Kambja_algkool, lk 111
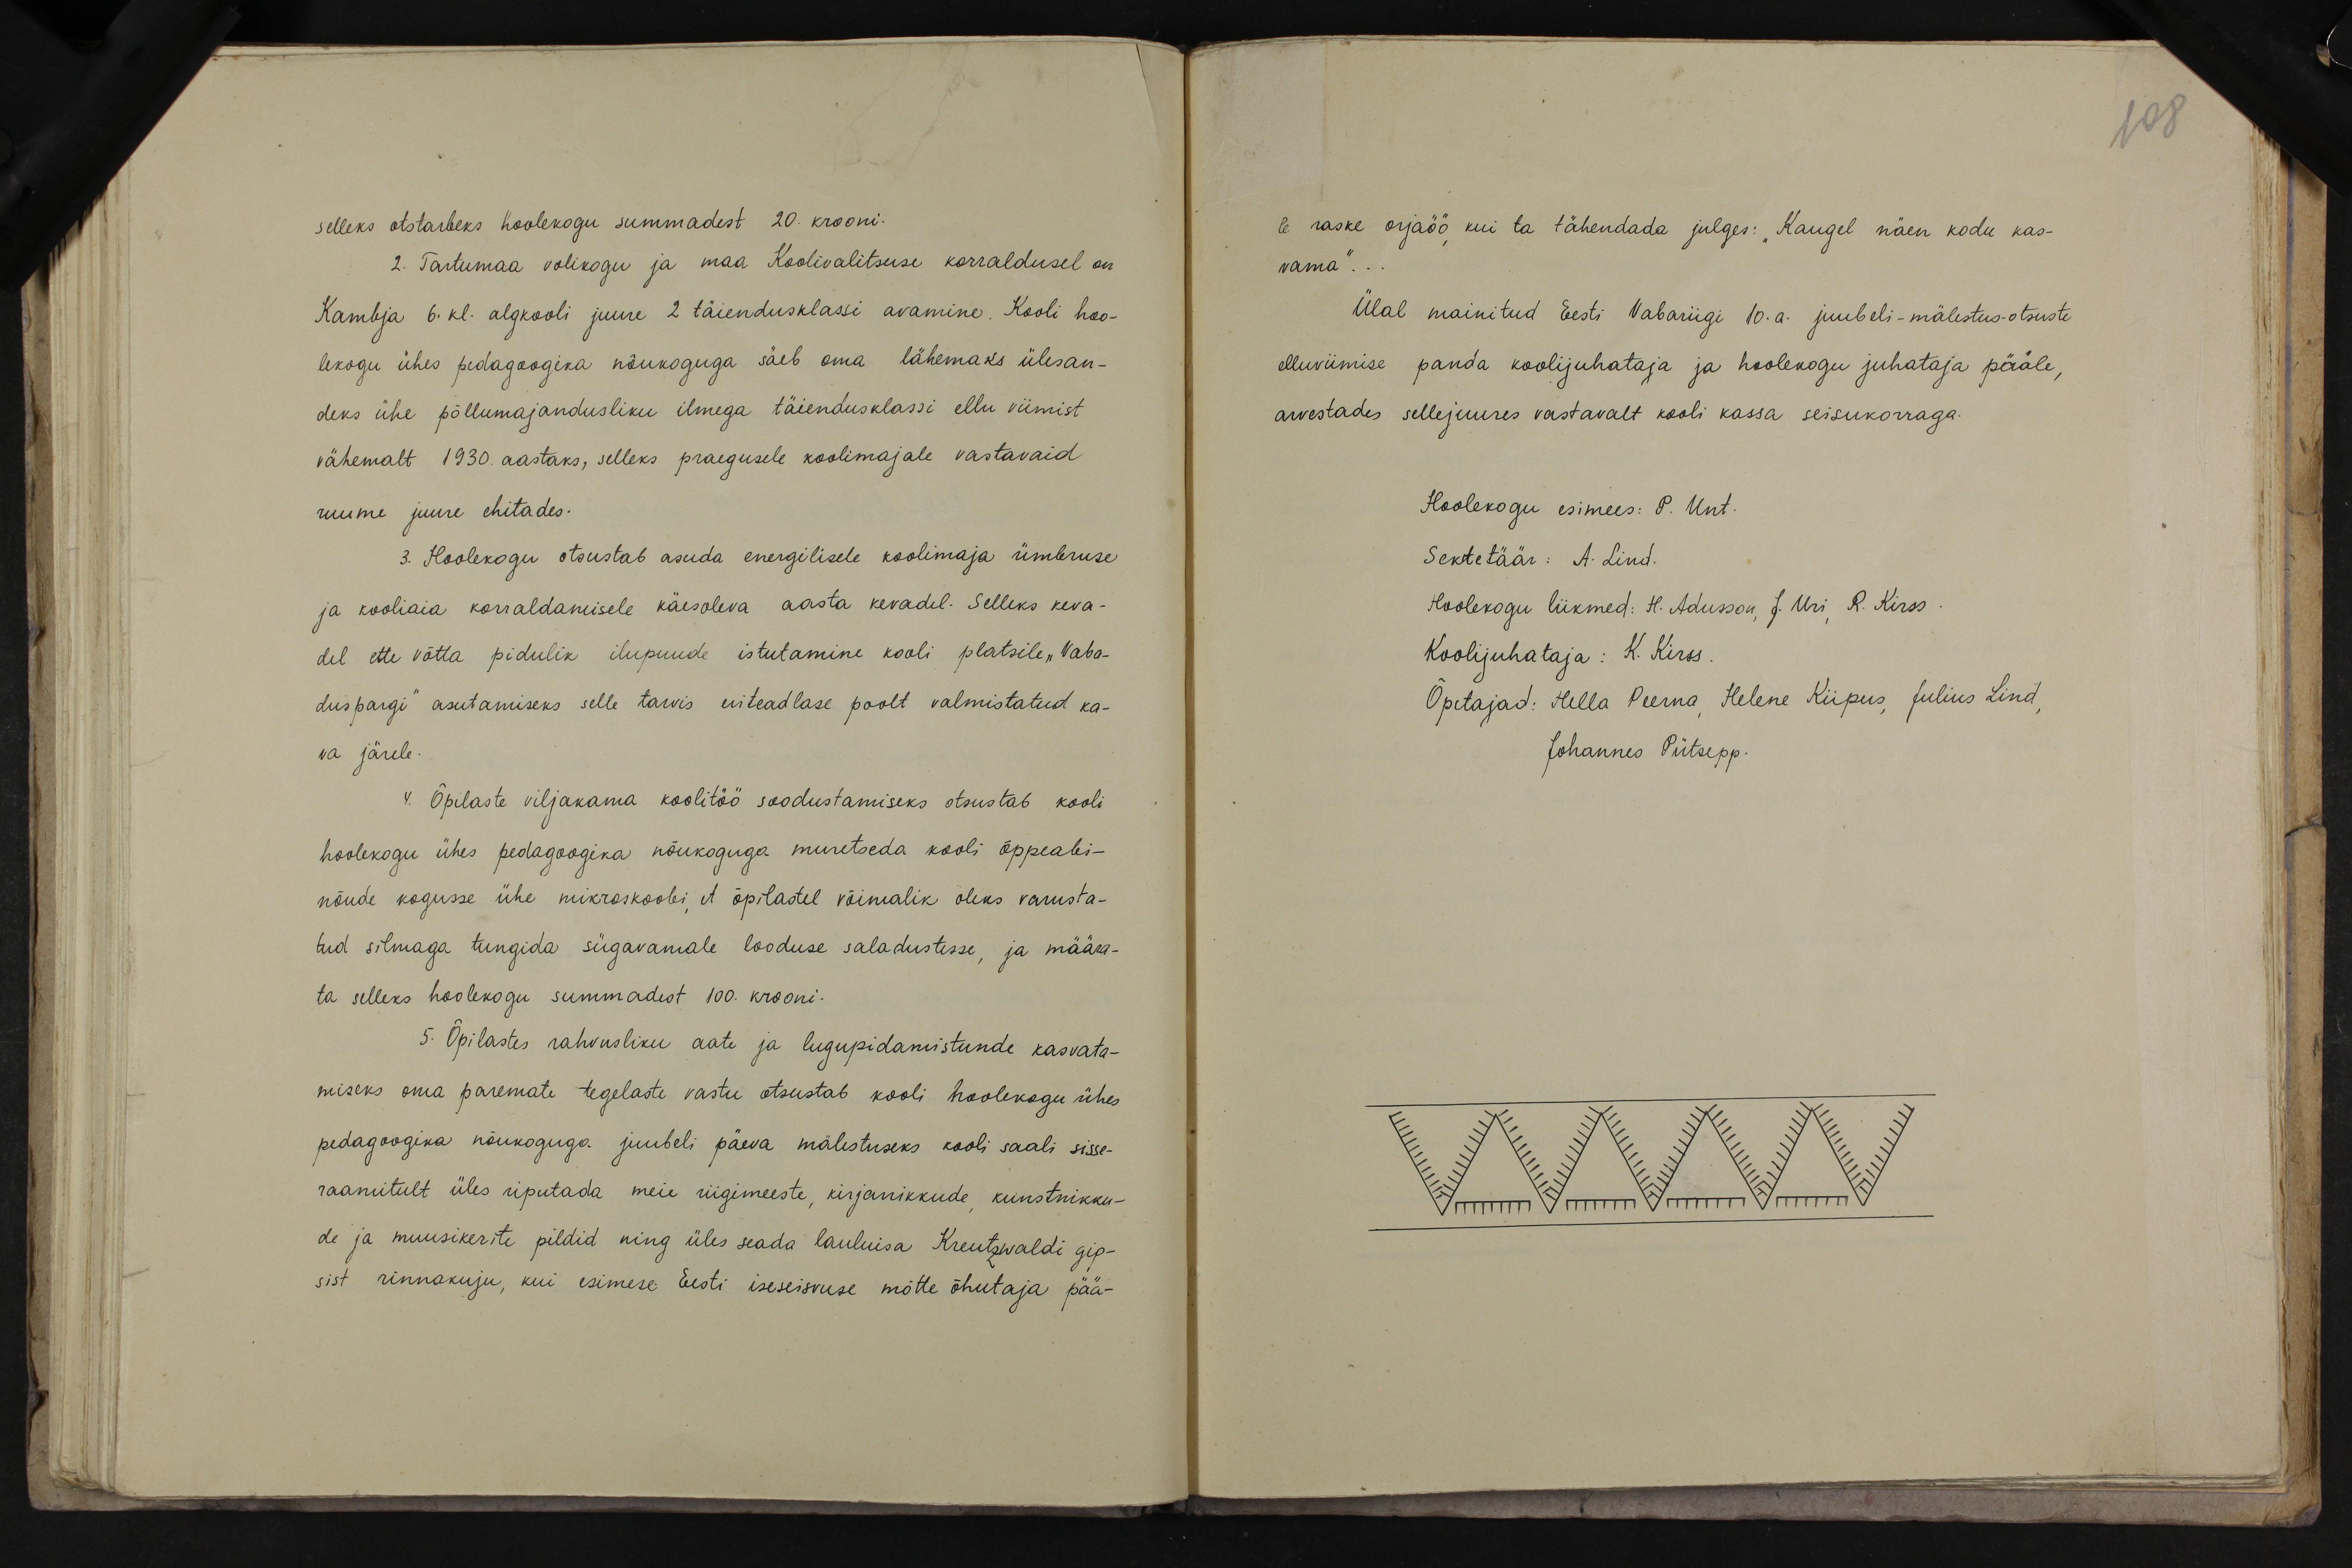
108

selleks otstarbeks hoolekogu summadest 20. krooni.
2. Tartumaa volikogu ja maa Koolivalitsuse korraldusel on
Kambja 6. kl. algkooli juure 2 täiendusklassi avamine. Kooli hoo-
lekogu ühes pedagoogika nõukoguga säeb oma lähemaks ülesan-
deks ühe põllumajandusliku ilmega täiendusklassi ellu viimist
vähemalt 1930. aastaks, selleks praegusele koolimajale vastavaid
ruume juure ehitades.
3. Hoolekogu otsustab asuda energilisele koolimaja ümbruse
ja kooliaia korraldamisele käesoleva aasta kevadel. Selleks keva-
del ette võtta pidulik ilupuude istutamine kooli platsile "Vaba-
duspargi" asutamiseks selle tarvis eriteadlase poolt valmistatud ka-
va järele.
4. Õpilaste viljakama koolitöö soodustamiseks otsustab kooli
hoolekogu ühes pedagoogika nõukoguga muretseda kooli õppeabi-
nõude kogusse ühe mikroskoobi, et õpilastel võimalik oleks varusta-
tud silmaga tungida sügavamale looduse saladustesse, ja määra-
ta selleks hoolekogu summadest 100. krooni-
5. Õpilastes rahvusliku aate ja lugupidamistunde kasvata-
miseks oma paremate tegelaste vastu otsustab kooli hoolekogu ühes
pedagoogika nõukoguga juubeli päeva mälestuseks kooli saali sisse-
raamitult üles riputada meie riigimeeste, kirjanikkude, kunstnikku-
de ja muusikerite pildid ning üles seada lauluisa Kreutzwaldi gip-
sist rinnakuju, kui esimese Eesti iseseisvuse mõtte õhutaja pää-

le raske orjaöö, kui ta tähendada julges: "Kaugel näen kodu kas-
vama"...
Ülal mainitud Eesti Vabariigi 10. a. juubeli-mälestus-otsuste
elluviimise panda koolijuhataja ja hoolekogu juhataja pääle,
arvestades sellejuures vastavalt kooli kassa seisukorraga.
Hoolekogu esimees: P. Unt.
Sektetäär: A. Lind.
Hoolekogu liikmed: H. Adusson, J. Uri, R. Kirss.
Koolijuhataja: K. Kirss.
Õpetajad: Hella Peerna, Helene Kiipus, Julius Lind,
Johannes Pütsepp.